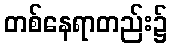
တစ်နေရာတည်း၌